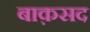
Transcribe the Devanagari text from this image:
बाक़सद